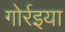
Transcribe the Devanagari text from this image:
गोर्रइया